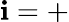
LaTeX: \mathbf{i}=+